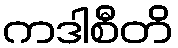
ကဒါစီတိ